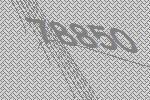
78850